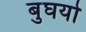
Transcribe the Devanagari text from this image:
बुघयो